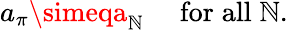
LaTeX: a_{\pi}\simeqa_{\mathbb{N}}\quad\mathrm{{\; for\; all\; }}\mathbb{N}.